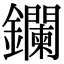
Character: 鑭